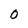
Character: 0